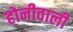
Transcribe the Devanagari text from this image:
होनीवाली